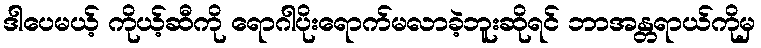
ဒါပေမယ့် ကိုယ့်ဆီကို ရောဂါပိုးရောက်မလာခဲ့ဘူးဆိုရင် ဘာအန္တရာယ်ကိုမှ